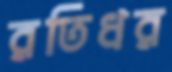
রতিধর